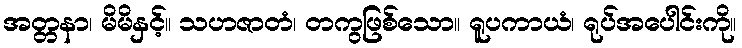
အတ္တနာ၊ မိမိနှင့်။ သဟဇာတံ၊ တကွဖြစ်သော။ ရူပကာယံ၊ ရုပ်အပေါင်းကို။